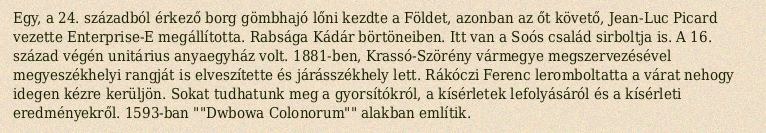
Egy, a 24. századból érkező borg gömbhajó lőni kezdte a Földet, azonban az őt követő, Jean-Luc Picard vezette Enterprise-E megállította. Rabsága Kádár börtöneiben. Itt van a Soós család sirboltja is. A 16. század végén unitárius anyaegyház volt. 1881-ben, Krassó-Szörény vármegye megszervezésével megyeszékhelyi rangját is elveszítette és járásszékhely lett. Rákóczi Ferenc leromboltatta a várat nehogy idegen kézre kerüljön. Sokat tudhatunk meg a gyorsítókról, a kísérletek lefolyásáról és a kísérleti eredményekről. 1593-ban ""Dwbowa Colonorum"" alakban említik.